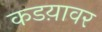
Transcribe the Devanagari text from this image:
कडय़ावर